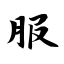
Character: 服